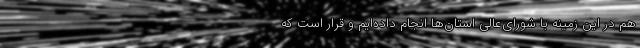
هم در این زمینه با شورای‌عالی استان‌ها انجام داده‌ایم و قرار است که